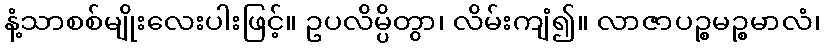
နံ့သာစစ်မျိုးလေးပါးဖြင့်။ ဥပလိမ္ပိတွာ၊ လိမ်းကျံ၍။ လာဇာပဉ္စမဉ္စမာလံ၊